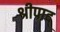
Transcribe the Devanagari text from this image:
श्रीपाद्